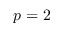
p = 2